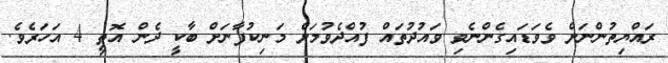
ރައްޔިތުންނަށް ވެވަޑައިގެންނެވި ވައުދުތައް ފުއްދެވުމަށް މަނިކުފާނަށް ބާކީ ދެން އޮތީ 4 އަހަރެވެ.